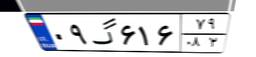
۵۰گ۵۲۱۵۰